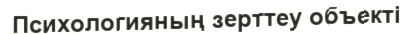
Психологияның зерттеу объекті